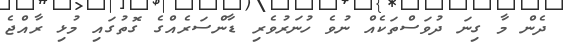
ދެން މާ ގިނަ ދުވަސްތަކެއް ނުވެ ހުނަރުވެރި ޑާންސަރެއްގެ ގޮތުގައި މުޅި ރާއްޖެ